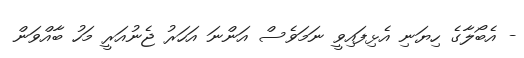
- އެބޯލާގެ ހިޔަނި އެޅިފައިވީ ނަމަވެސް އަންނަ އަހަރު ޖެނުއަރީ މަހު ބާއްވަން